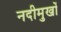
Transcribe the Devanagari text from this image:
नदीमुखों